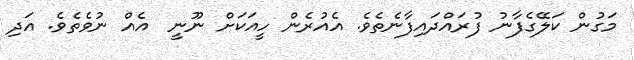
މަގުން ކަލޭގެފާނު ފުރައްދައިފާނެތެވެ. އެއުރެން ހީއަކަށް ނޫނީ  އެއް ނުވެތެވެ. އަދި